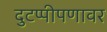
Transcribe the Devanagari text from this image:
दुटप्पीपणावर